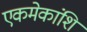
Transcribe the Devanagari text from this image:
एकमेकांशि